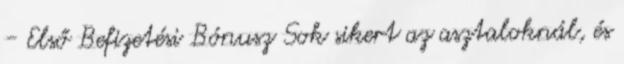
- Első Befizetési Bónusz Sok sikert az asztaloknál, és